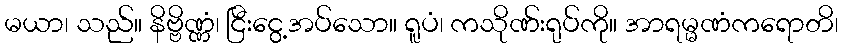
မယာ၊ သည်။ နိဗ္ဗိဏ္ဏံ၊ ငြီးငွေ့အပ်သော။ ရူပံ၊ ကသိုဏ်းရုပ်ကို။ အာရမ္မဏံကရောတိ၊